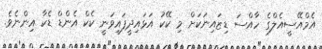
އެމްއޭސީއެލްގެ ހާއްސަ ޑިޒައިނަކަށް މި ކޭކު އަޅައިދީފައިވަނީ ކެކް އެންޑް ޑެކާ އިންނެވެ.